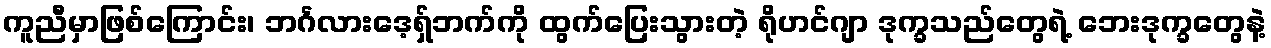
ကူညီမှာဖြစ်ကြောင်း၊ ဘင်္ဂလားဒေ့ရှ်ဘက်ကို ထွက်ပြေးသွားတဲ့ ရိုဟင်ဂျာ ဒုက္ခသည်တွေရဲ့ ဘေးဒုက္ခတွေနဲ့